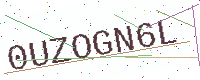
Text: 0UZOGN6L